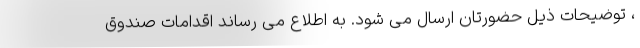
، توضیحات ذیل حضورتان ارسال می شود. به اطلاع می رساند اقدامات صندوق